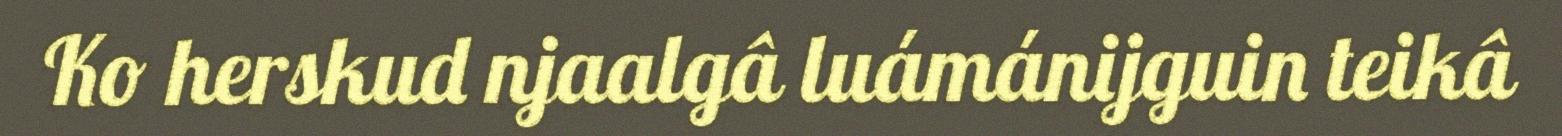
Ko herskud njaalgâ luámánijguin teikâ